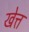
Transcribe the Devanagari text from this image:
खेत्त